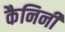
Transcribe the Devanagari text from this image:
कैनिनी